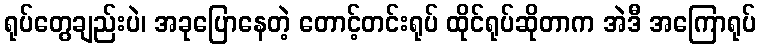
ရုပ်တွေချည်းပဲ၊ အခုပြောနေတဲ့ တောင့်တင်းရုပ် ထိုင်ရုပ်ဆိုတာက အဲဒီ အကြောရုပ်